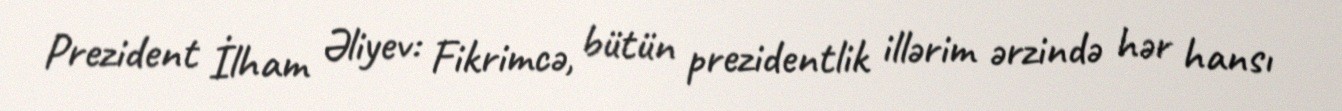
Prezident İlham Əliyev: Fikrimcə, bütün prezidentlik illərim ərzində hər hansı